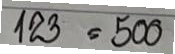
123 = 500